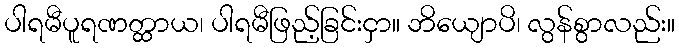
ပါရမီပူရဏတ္ထာယ၊ ပါရမီဖြည့်ခြင်းငှာ။ ဘိယျောပိ၊ လွန်စွာလည်း။